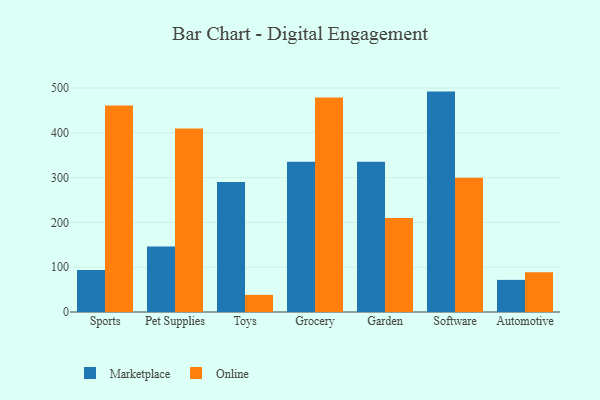
{"axis": {"x": "Category", "y": "Inventory Turnover"}, "legend": ["Marketplace", "Online"], "data": [{"x": "Sports", "y": 93.6, "type": "Marketplace"}, {"x": "Sports", "y": 461.1, "type": "Online"}, {"x": "Pet Supplies", "y": 146.5, "type": "Marketplace"}, {"x": "Pet Supplies", "y": 409.6, "type": "Online"}, {"x": "Toys", "y": 290.5, "type": "Marketplace"}, {"x": "Toys", "y": 38.3, "type": "Online"}, {"x": "Grocery", "y": 335.5, "type": "Marketplace"}, {"x": "Grocery", "y": 479.1, "type": "Online"}, {"x": "Garden", "y": 335.2, "type": "Marketplace"}, {"x": "Garden", "y": 210.1, "type": "Online"}, {"x": "Software", "y": 492.1, "type": "Marketplace"}, {"x": "Software", "y": 299.5, "type": "Online"}, {"x": "Automotive", "y": 71.7, "type": "Marketplace"}, {"x": "Automotive", "y": 88.8, "type": "Online"}]}